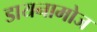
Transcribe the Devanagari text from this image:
डायनामोज